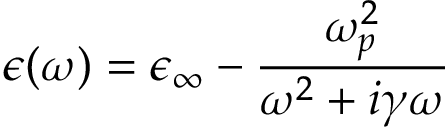
\epsilon ( \omega ) = \epsilon _ { \infty } - \frac { \omega _ { p } ^ { 2 } } { \omega ^ { 2 } + i \gamma \omega }